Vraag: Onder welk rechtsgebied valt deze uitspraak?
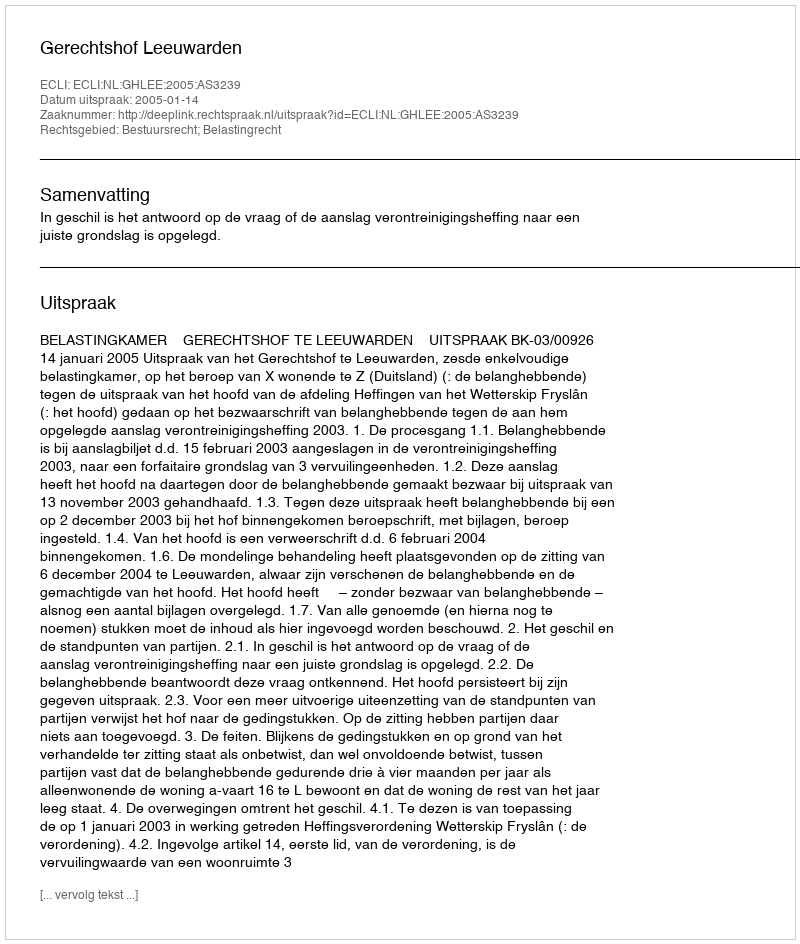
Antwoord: Bestuursrecht; Belastingrecht